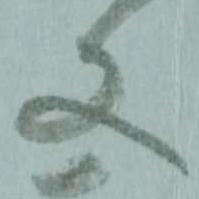
又